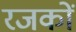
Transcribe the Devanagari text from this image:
रजकों